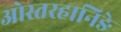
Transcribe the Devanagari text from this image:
ओस्तरहानिङे